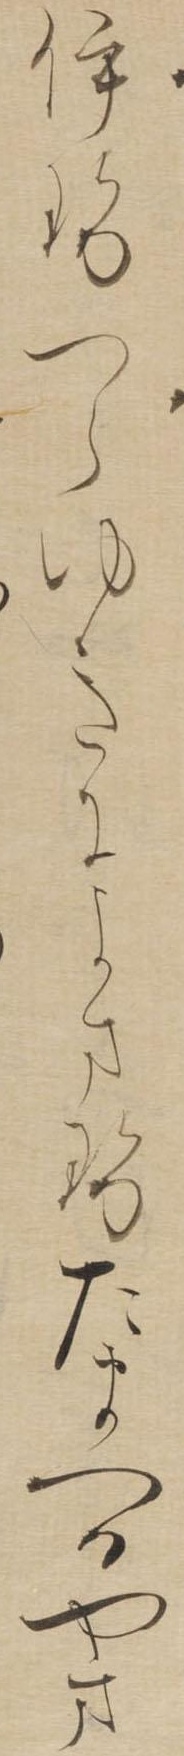
いせつらゆきによませたまへるやま